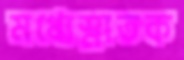
মধ্যেস্নাতক